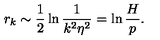
r _ { k } \sim \frac { 1 } { 2 } \ln \frac { 1 } { k ^ { 2 } \eta ^ { 2 } } = \ln \frac { H } { p } .